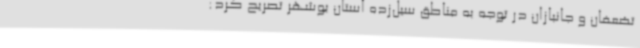
تضعفان و جانبازان در توجه به مناطق سیل‌زده استان بوشهر تصریح کرد: